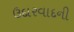
ઉદારવાદની